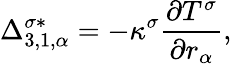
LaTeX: \Delta_{3,1,\alpha}^{\sigma*}=-\kappa^{\sigma}\frac{\partial T^{\sigma}}{\partial r_{\alpha}},